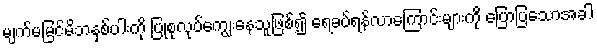
မျက်မမြင်မိဘနှစ်ပါးကို ပြုစုလုပ်ကျွေးနေသူဖြစ်၍ ရေခပ်ရန်လာကြောင်းများကို ပြောပြသောအခါ